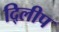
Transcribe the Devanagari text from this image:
दि्लीप